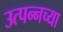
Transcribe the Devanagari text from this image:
उत्पन्नच्या